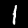
Label: 1